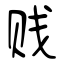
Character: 贱